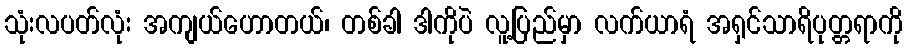
သုံးလပတ်လုံး အကျယ်ဟောတယ်၊ တစ်ခါ ဒါကိုပဲ လူ့ပြည်မှာ လက်ယာရံ အရှင်သာရိပုတ္တရာကို